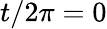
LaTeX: t/2\pi=0